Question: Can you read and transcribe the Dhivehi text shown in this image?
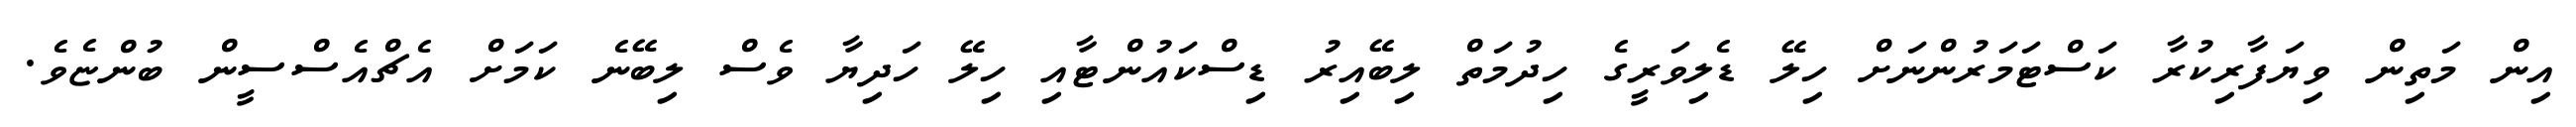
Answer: އިން މަތިން ވިޔަފާރިކުރާ ކަސްޓަމަރުންނަށް ހިލޭ ޑެލިވަރީގެ ހިދުމަތް ލިބޭއިރު ޑިސްކައުންޓާއި ހިލޭ ހަދިޔާ ވެސް ލިބޭނެ ކަމަށް އެޗްއެސްސީން ބުންޏެވެ.